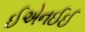
ઈએનઈઈ